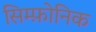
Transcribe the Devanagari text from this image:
सिम्फ़ोनिक